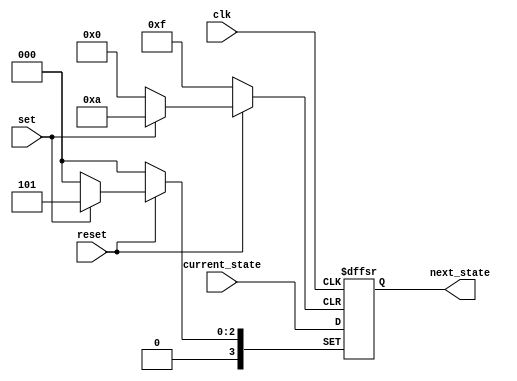
// Copyright 2003 Star Galaxy Publishing

module async_states (clk, reset, set, current_state, next_state);
  input clk, reset, set;
  input [3:0] current_state;

  output [3:0] next_state;
  reg [3:0] next_state;

  always @(negedge clk or negedge reset or posedge set)
    if (!reset)
      next_state = 0;
    else if (set)
      next_state = 5;
    else
      next_state = current_state;
endmodule